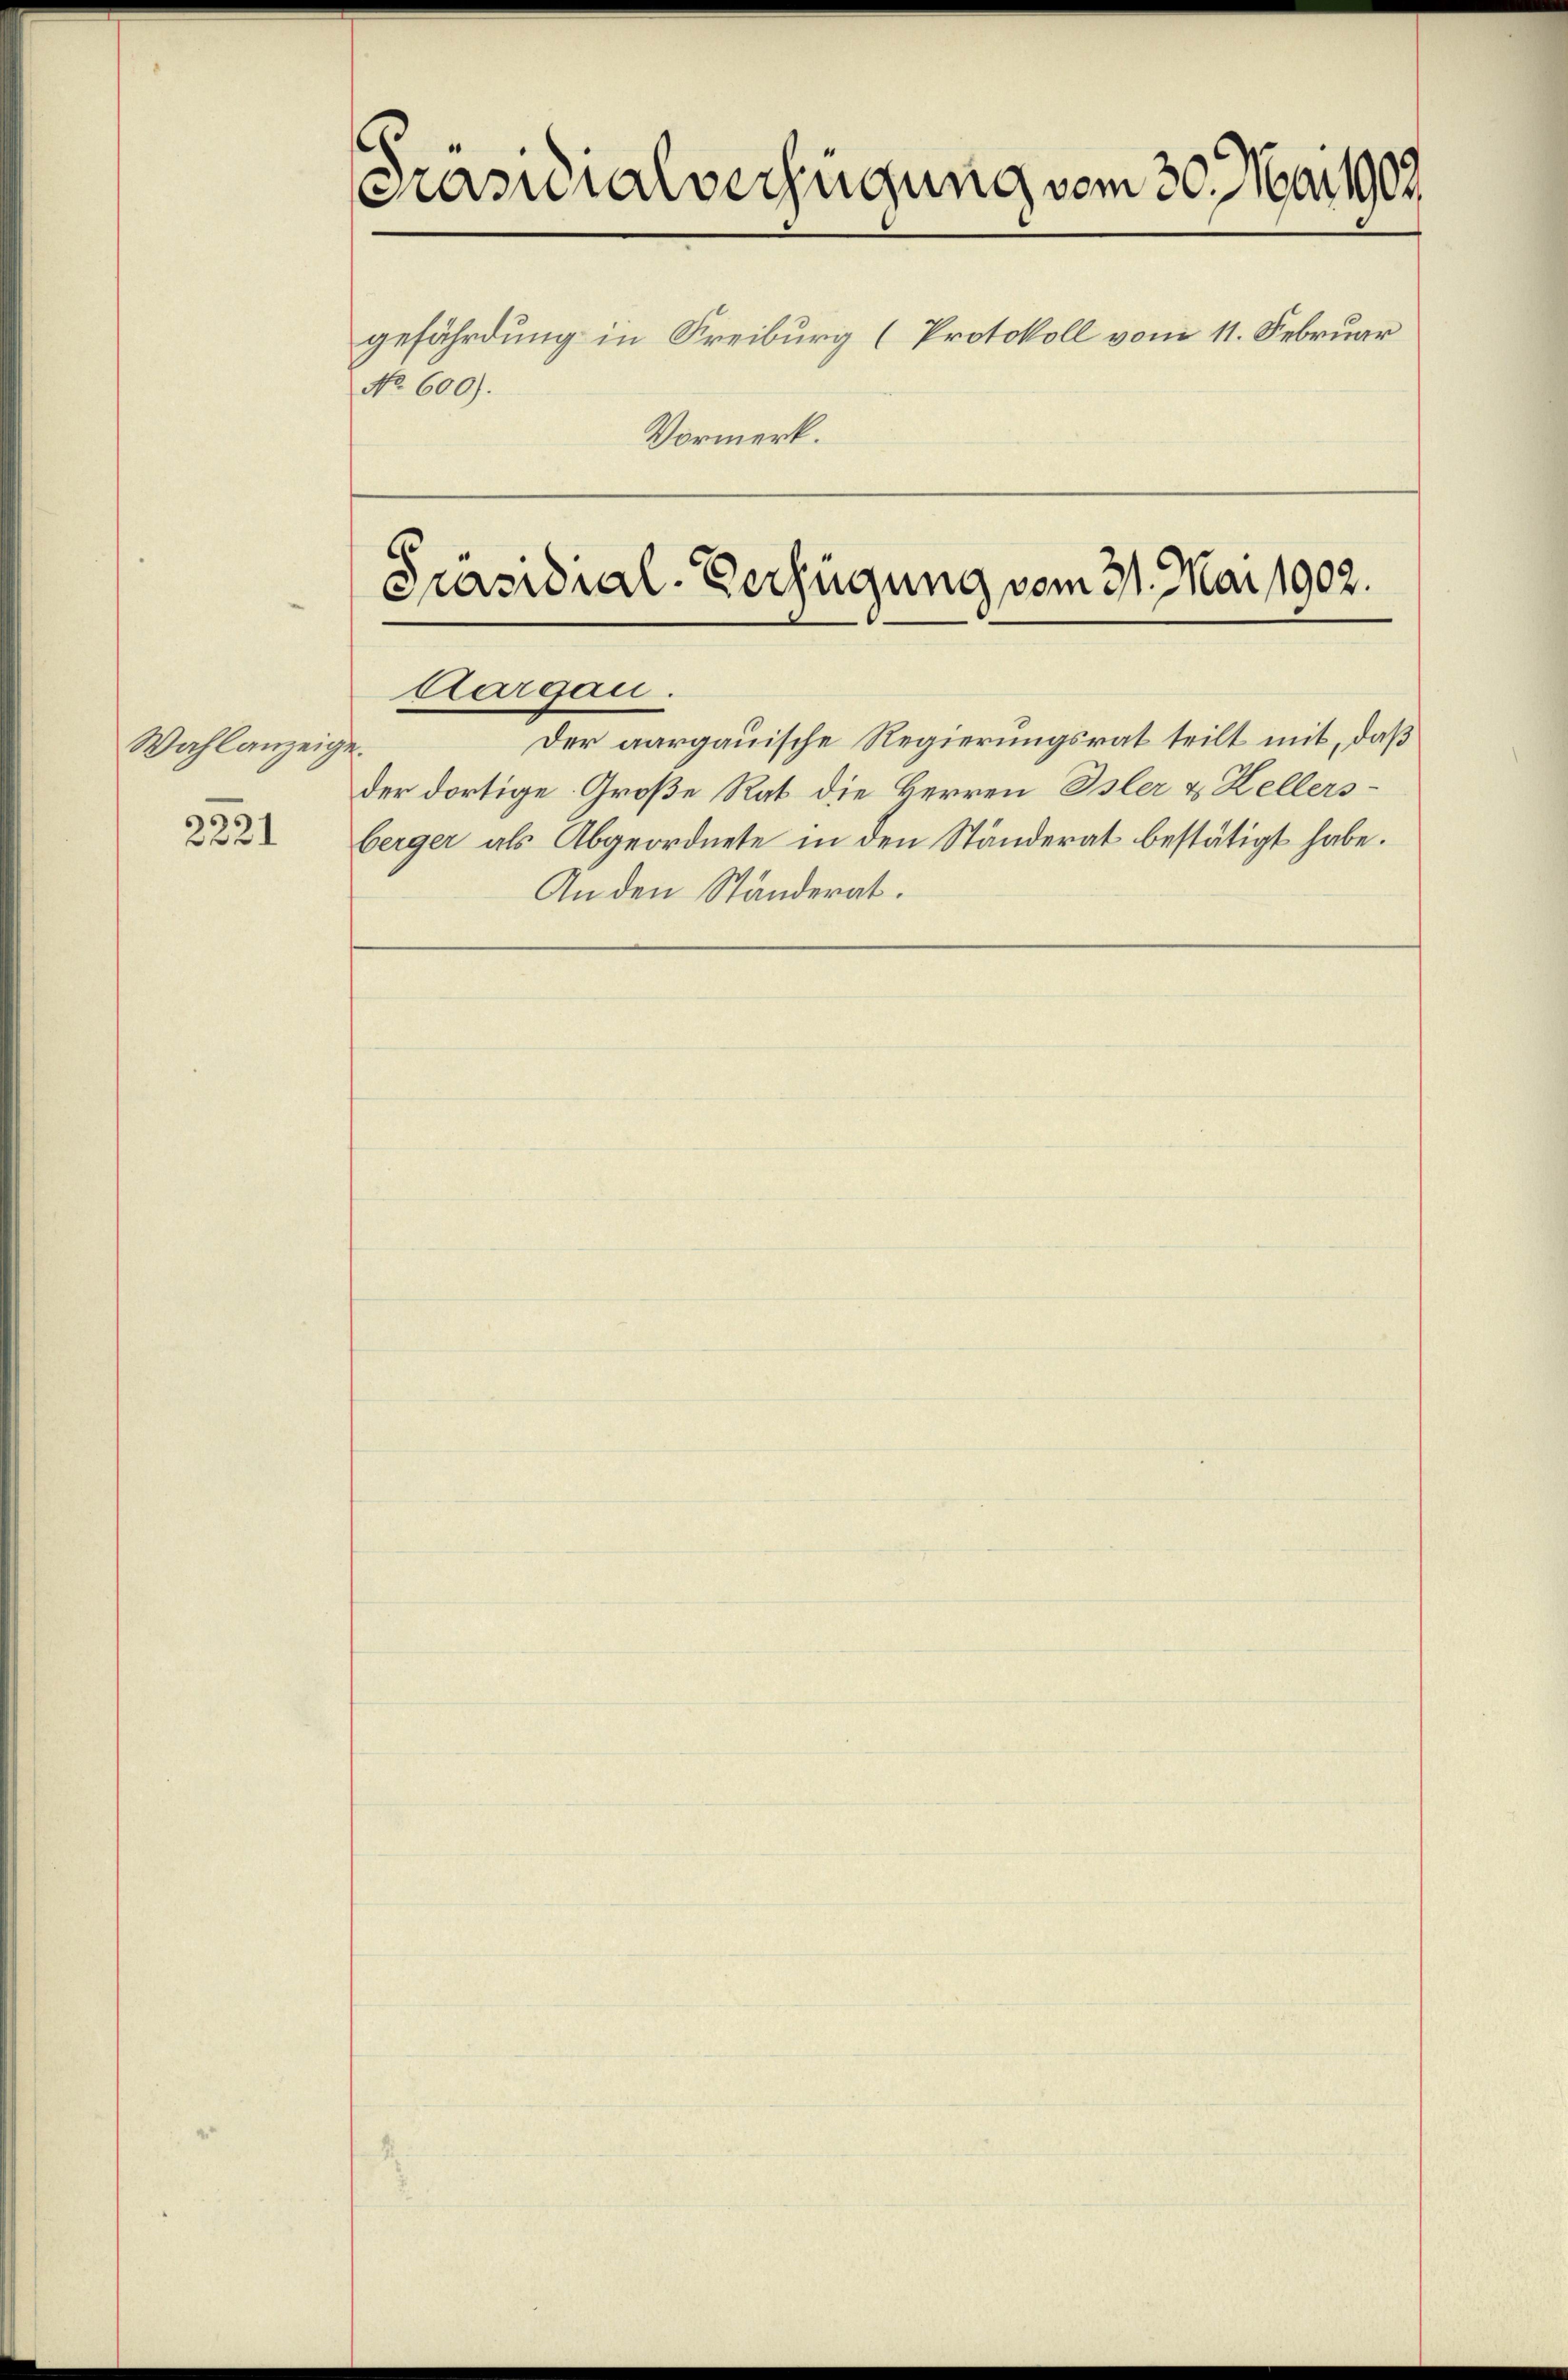
Wahlanzeige

2221

Präsidialverfügung vom 30. Mai 1909
gefährdung in Freiburg (Protokoll vom 11. Februar
No 600).
Vormerk.

Präsidial-Verfügung vom 31. Mai 1902.
Aargau.

Der aargauische Regierungsrat teilt mit, daß
f.
der dortige Große Rat die Herren Isler & Kellersberger als Abgeordnete in den Ständerat bestätigt habe.
An den Ständerat.